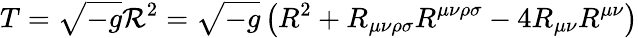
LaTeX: T={\sqrt{-g}}{\mathcal{R}}^{2}={\sqrt{-g}}\left(R^{2}+R_{\mu\nu\rho\sigma}R^{\mu\nu\rho\sigma}-4R_{\mu\nu}R^{\mu\nu}\right)